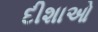
દીશાઓ